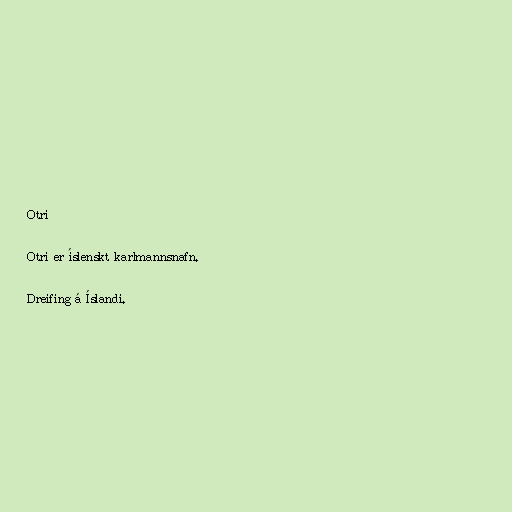
Otri

Otri er íslenskt karlmannsnafn.

Dreifing á Íslandi.